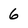
Character: 6